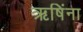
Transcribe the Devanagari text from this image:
ऋषिंना